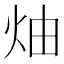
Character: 𱪳